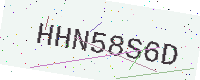
Text: HHN58S6D